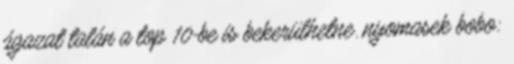
ágazat talán a top 10-be is bekerülhetne. nyomasek bobo: